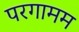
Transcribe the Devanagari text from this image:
परगामम